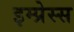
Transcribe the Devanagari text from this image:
इम्प्रेस्स